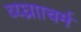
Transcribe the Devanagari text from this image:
व्य्घ्रााचर्म